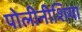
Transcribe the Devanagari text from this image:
पोलीनीशिया